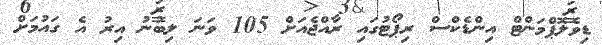
ޑިވެލޮޕްމަންޓް އިންޑެކްސް ރިޕޯޓުގައި ރާއްޖެއަށް 105 ވަނަ ލިބުނު އިރު އެ ގައުމަށް